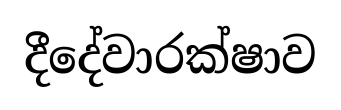
දීදේවාරක්ෂාව